Indian Medical Review
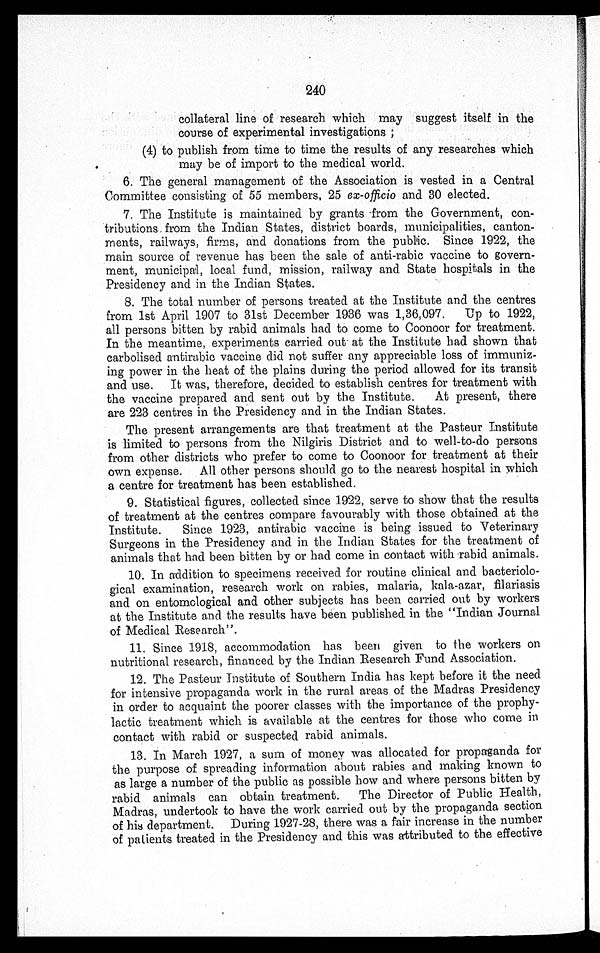
240
collateral line of research which may suggest itself in the
course of experimental investigations;
(4) to publish from time to time the results of any researches which
may be of import to the medical world.
6. The general management of the Association is vested in a Central
Committee consisting of 55 members, 25 ex-officio and 30 elected.
7. The Institute is maintained by grants from the Government, con-
tributions from the Indian States, district boards, municipalities, canton-
ments, railways, firms, and donations from the public. Since 1922, the
main source of revenue has been the sale of anti-rabic vaccine to govern-
ment, municipal, local fund, mission, railway and State hospitals in the
Presidency and in the Indian States.
8. The total number of persons treated at the Institute and the centres
from 1st April 1907 to 31st December 1936 was 1,36,097. Up to 1922,
all persons bitten by rabid animals had to come to Coonoor for treatment.
In the meantime, experiments carried out at the Institute had shown that
carbolised antirabic vaccine did not suffer any appreciable loss of immuniz-
ing power in the heat of the plains during the period allowed for its transit
and use. It was, therefore, decided to establish centres for treatment with
the vaccine prepared and sent out by the Institute. At present, there
are 223 centres in the Presidency and in the Indian States.
The present arrangements are that treatment at the Pasteur Institute
is limited to persons from the Nilgiris District and to well-to-do persons
from other districts who prefer to come to Coonoor for treatment at their
own expense. All other persons should go to the nearest hospital in which
a centre for treatment has been established.
9. Statistical figures, collected since 1922, serve to show that the results
of treatment at the centres compare favourably with those obtained at the
Institute. Since 1923, antirabic vaccine is being issued to Veterinary
Surgeons in the Presidency and in the Indian States for the treatment of
animals that had been bitten by or had come in contact with rabid animals.
10. In addition to specimens received for routine clinical and bacteriolo-
gical examination, research work on rabies, malaria, kala-azar, filariasis
and on entomological and other subjects has been carried out by workers
at the Institute and the results have been published in the "Indian Journal
of Medical Research".
11. Since 1918, accommodation has been given to the workers on
nutritional research, financed by the Indian Research Fund Association.
12. The Pasteur Institute of Southern India has kept before it the need
for intensive propaganda work in the rural areas of the Madras Presidency
in order to acquaint the poorer classes with the importance of the prophy-
lactic treatment which is available at the centres for those who come in
contact with rabid or suspected rabid animals.
13. In March 1927, a sum of money was allocated for propaganda for
the purpose of spreading information about rabies and making known to
as large a number of the public as possible how and where persons bitten by
rabid animals can obtain treatment. The Director of Public Health,
Madras, undertook to have the work carried out by the propaganda section
of his department. During 1927-28, there was a fair increase in the number
of patients treated in the Presidency and this was attributed to the effective